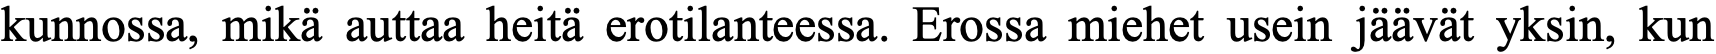
kunnossa, mikä auttaa heitä erotilanteessa. Erossa miehet usein jäävät yksin, kun